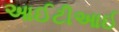
આઈટીઆઈ